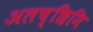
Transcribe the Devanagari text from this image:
अलच्छिनि